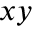
x y